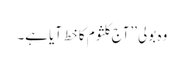
وہ بولی ’’آج کلثوم کا خط آیا ہے۔